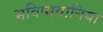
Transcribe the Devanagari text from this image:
भविष्यवानिया